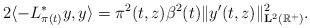
LaTeX: \begin{align*}2\langle -L^*_{\pi(t)}y, y\rangle=\pi^2(t,z)\beta^2(t)\|y'(t,z)\|^2_{\mathbf{L}^2(\mathbb{R}^+)}.\end{align*}